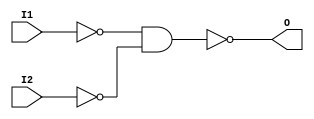

module or_gate(I1,I2,O);
	input I1,I2;
	output O;
        wire W1,W2;
	nand(W1,I1,I1);
        nand(W2,I2,I2);
        nand(W2,I2,I2);
	nand(O,W1,W2);
endmodule

module not_gate(I,O);
	input I;
	output O;
	nand(O,I,I);
endmodule

module and_gate(I1,I2,O);
	input I1,I2;
	output O;
        wire W;
	nand(W,I1,I2);
        nand(O,W,W);
endmodule

module mux(O,S,I1,I2);
	  input S,I1,I2;
	  output O;
	  wire x,y,z;
	  and_gate and1(S,I2,x);
	  not_gate or1(S,y);
	  and_gate a3(y,I1,z);
	  or_gate a4(x,z,O);
endmodule

module mux2_16(out,s,in1,in2);
	input s;
	input [15:0]in1,in2;
	output [15:0]out;
	wire x;
	wire [15:0] y,z;
	genvar i;
	nand(x,s,s);
	for(i=0;i<16;i=i+1)
		begin
		nand(y[i],in1[i],x);
		nand(z[i],s,in2[i]);
		nand(out[i],z[i],y[i]);
		end
endmodule
module mux4_16(out,s1,s2,in1,in2,in3,in4);
	input s1,s2;
	input [15:0]in1,in2,in3,in4;
	output [15:0]out;
	wire [15:0]x,y;
	mux2_16 m21(x,s1,in1,in2);
	mux2_16 m22(y,s1,in3,in4);
	mux2_16 m23(out,s2,x,y);
endmodule

module mux8_16(out,s1,s2,s3,in1,in2,in3,in4,in5,in6,in7,in8);
	input s1,s2,s3;
	input [15:0]in1,in2,in3,in4,in5,in6,in7,in8;
	output [15:0]out;
	wire [15:0]x,y;
	mux4_16 m31(x,s1,s2,in1,in2,in3,in4);
	mux4_16 m32(y,s1,s2,in5,in6,in7,in8);
	mux2_16 m33(out,s3,x,y);
endmodule
module demux(O1,O2,S,I);
	output O1,O2;
	input S,I;
	wire x;
	not_gate n1(S,x);
	and_gate and1(x,I,O1);
	and_gate and2(S,I,O2);
endmodule



module demux_4(S1,S2,I,O1,O2,O3,O4);
	input S1,S2,I;
	output O1,O2,O3,O4;
	wire x,y,a,b,c,d;
	not_gate not1(S1,x);
	not_gate not2(S2,y);
	and_gate and1(x,y,a);
	and_gate and2(y,S1,b);
	and_gate and3(S2,x,c);
	and_gate and4(S1,S2,d);
	and_gate and5(a,I,O1);
	and_gate and6(b,I,O2);
	and_gate and7(c,I,O3);
	and_gate and8(d,I,O4);
endmodule
module demux_8(O1,O2,O3,O4,O5,O6,O7,O8,S1,S2,S3,I);
	output O1,O2,O3,O4,O5,O6,O7,O8;
	input I,S1,S2,S3;
	wire x,y;
	demux dm1(x,y,S3,I);
	demux_4 dm2(S1,S2,x,O1,O2,O3,O4);
	demux_4 dm3(S1,S2,y,O5,O6,O7,O8);
endmodule


module srlatch(q,q1,s,r,clk);
	output q,q1;
	input s,r,clk;
	wire x,y;
	nand(x,s,clk);
	nand(y,r,clk);
	nand(q,q1,x);
	nand(q1,q,y);
endmodule

module D_latch(q,q1,s,clk);
	output q,q1;
	input s,clk;
	wire x,y,z;
	nand (x,s,s);
	srlatch o1(q,q1,s,x,clk);
endmodule

module BIN_CELL(o,r,w,cs,d,clk);
	output o;
	input r,w,cs,d,clk;
	wire wcs,m_o,q,q1,rcs;
	and_gate a1 (cs,w,wcs);
	mux m34(m_o,wcs,q,d);
	D_latch o3(q,q1,m_o,clk);
	and_gate ag65 (cs,r,rcs);
	mux m43(o,rcs,1'bx,q);
endmodule

module REG_16(o,d,r,w,cs,clk);
	input r,w,cs,clk;
	input [15:0]d;
	output [15:0]o;
	
	BIN_CELL bc[15:0](o,r,w,cs,d,clk);
endmodule

module RAM8(o,D,r,w,clk,addr);
	output [15:0]o;
	input r,w,clk;
	input [15:0]D;
	input [2:0]addr;
	wire [7:0]cs;
	wire [15:0]o1,o2,o3,o4,o5,o6,o7,o8;
	demux_8 d8(cs[0],cs[1],cs[2],cs[3],cs[4],cs[5],cs[6],cs[7],addr[0],addr[1],addr[2],1'b1);
	
	REG_16 re1(o1,D,r,w,cs[0],clk);
	REG_16 re2(o2,D,r,w,cs[1],clk);
	REG_16 re3(o3,D,r,w,cs[2],clk);
	REG_16 re4(o4,D,r,w,cs[3],clk);
	REG_16 re5(o5,D,r,w,cs[4],clk);
	REG_16 re6(o6,D,r,w,cs[5],clk);
	REG_16 re7(o7,D,r,w,cs[6],clk);
	REG_16 re8(o8,D,r,w,cs[7],clk);
	mux8_16 m86(o,addr[0],addr[1],addr[2],o1,o2,o3,o4,o5,o6,o7,o8);
endmodule 
module RAM64(o,D,r,w,clk,addr);
	output [15:0]o;
	input r,w,clk;
	input [15:0]D;
	input [3:0]addr;
	wire [7:0]cs;
	wire [15:0]o1,o2,o3,o4,o5,o6,o7,o8;
	demux_8 d18(cs[0],cs[1],cs[2],cs[3],cs[4],cs[5],cs[6],cs[7],addr[0],addr[1],addr[2],1'b1);
	RAM8 r1(o1,D,r,w,clk,addr[2:0]);
	RAM8 r2(o2,D,r,w,clk,addr[2:0]);
	RAM8 r3(o3,D,r,w,clk,addr[2:0]);
	RAM8 r4(o4,D,r,w,clk,addr[2:0]);
	RAM8 r5(o5,D,r,w,clk,addr[2:0]);
	RAM8 r6(o6,D,r,w,clk,addr[2:0]);
	RAM8 r7(o7,D,r,w,clk,addr[2:0]);
	RAM8 r8(o8,D,r,w,clk,addr[2:0]);
	mux8_16 m861(o,addr[0],addr[1],addr[2],o1,o2,o3,o4,o5,o6,o7,o8);
endmodule 
module RAM512(o,D,r,w,clk,addr);
	output [15:0]o;
	input r,w,clk;
	input [15:0]D;
	input [7:0]addr;
	wire [7:0]cs;
	wire [15:0]o1,o2,o3,o4,o5,o6,o7,o8;
	demux_8 d82(cs[0],cs[1],cs[2],cs[3],cs[4],cs[5],cs[6],cs[7],addr[0],addr[1],addr[2],1'b1);
	RAM64 r1(o1,D,r,w,clk,addr[3:0]);
	RAM64 r2(o2,D,r,w,clk,addr[3:0]);
	RAM64 r3(o3,D,r,w,clk,addr[3:0]);
	RAM64 r4(o4,D,r,w,clk,addr[3:0]);
	RAM64 r5(o5,D,r,w,clk,addr[3:0]);
	RAM64 r6(o6,D,r,w,clk,addr[3:0]);
	RAM64 r7(o7,D,r,w,clk,addr[3:0]);
	RAM64 r8(o8,D,r,w,clk,addr[3:0]);
	mux8_16 m862(o,addr[0],addr[1],addr[2],o1,o2,o3,o4,o5,o6,o7,o8);
endmodule